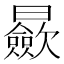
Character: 𣌋